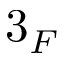
3 _ { F }